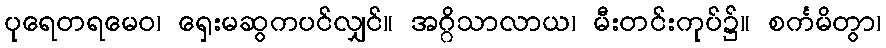
ပုရေတရမေဝ၊ ရှေးမဆွကပင်လျှင်။ အဂ္ဂိသာလာယ၊ မီးတင်းကုပ်၌။ စင်္ကမိတွာ၊